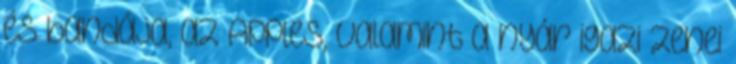
és bandája, az Apples, valamint a nyár igazi zenei